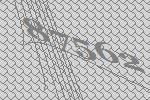
87562